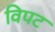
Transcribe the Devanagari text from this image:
विपट